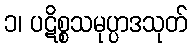
၁၊ ပဋိစ္စသမုပ္ပာဒသုတ်